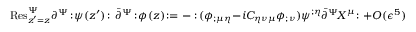
\mathrm { R e s } _ { z ^ { \prime } = z } ^ { \Psi } \partial ^ { \Psi } \! : \! \psi ( z ^ { \prime } ) \! : \, \bar { \partial } ^ { \Psi } \! : \! \phi ( z ) \! : = - : \! ( \phi _ { ; \mu \eta } - i C _ { \eta \nu \mu } \phi _ { ; \nu } ) \psi ^ { ; \eta } \bar { \partial } ^ { \Psi } \! X ^ { \mu } \! : + O ( \epsilon ^ { 5 } )